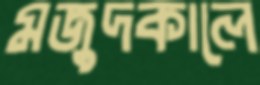
মজুদকালে